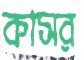
কাসর